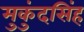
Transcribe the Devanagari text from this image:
मुकुंदसिंह